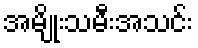
အမျိုးသမီးအသင်း